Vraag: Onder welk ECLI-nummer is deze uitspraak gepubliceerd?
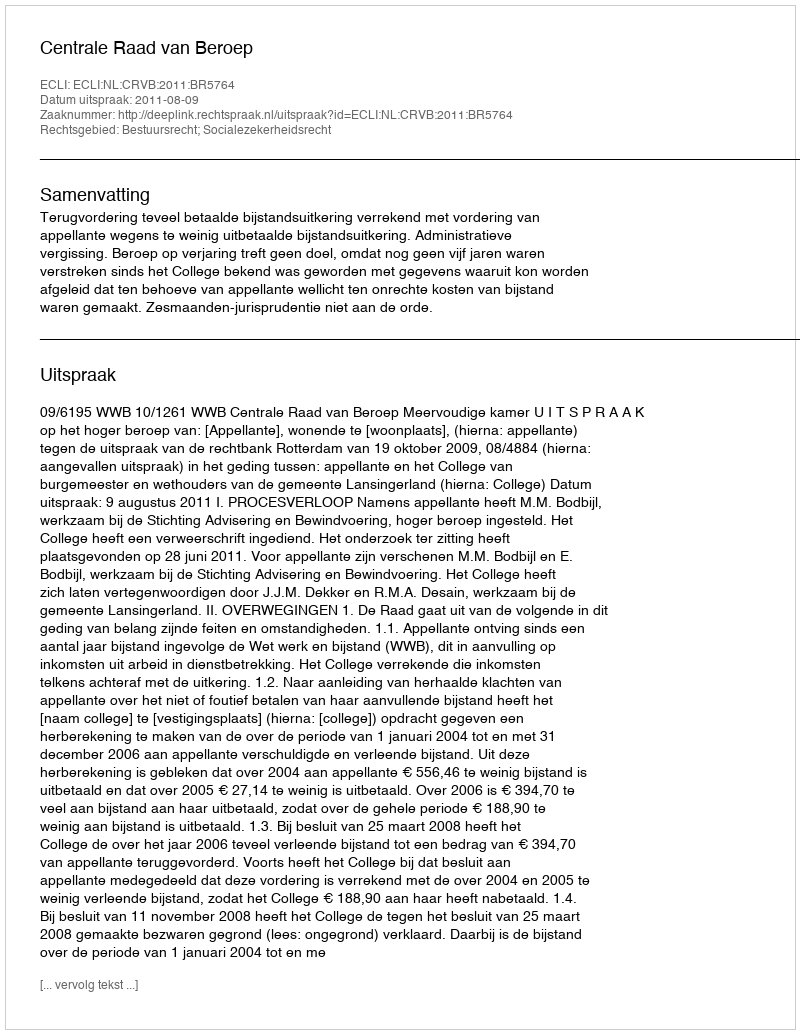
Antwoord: ECLI:NL:CRVB:2011:BR5764